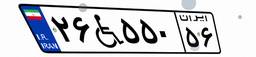
۲۶W۵۵۰۵۶